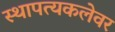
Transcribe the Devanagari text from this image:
स्थापत्यकलेवर